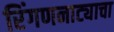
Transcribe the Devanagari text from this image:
रिंगणनाट्याचा